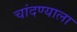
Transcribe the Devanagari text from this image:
चांदण्याला